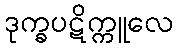
ဒုက္ခပဋိက္ကူလေ